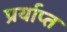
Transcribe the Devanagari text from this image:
प्रर्याप्‍त